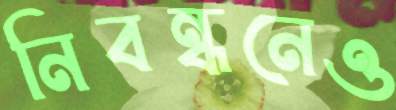
নিবন্ধনেও